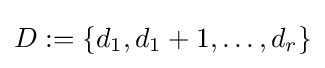
D:=\{d_{1},d_{1}+1,\dots ,d_{r}\}